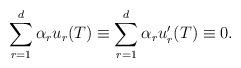
LaTeX: \begin{align*} \sum_{r=1}^d\alpha_ru_r(T)\equiv \sum_{r=1}^d\alpha_ru_r'(T)\equiv0.\end{align*}